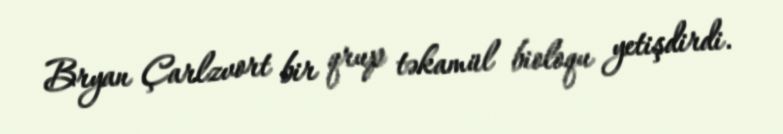
Bryan Çarlzvort bir qrup təkamül bioloqu yetişdirdi.